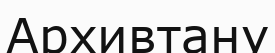
Архивтану